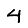
Digit: 4